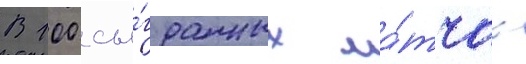
В 100 сы́гранных ма́тчах